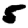
Digit: 5